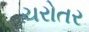
ચરોતર